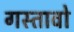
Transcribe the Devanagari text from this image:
गस्तावो